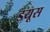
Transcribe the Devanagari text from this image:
डयूस